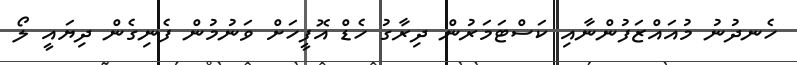
ހެނދުނު މުއައްޒަފުންނާއި ކަސްޓަމަރުން ދިރާގު ހެޑް އޮފީހަށް ވަނުމުން ފެނިގެން ދިޔައީ ލޯ